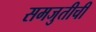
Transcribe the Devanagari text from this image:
समजुतीची